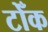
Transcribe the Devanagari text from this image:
टोँक